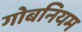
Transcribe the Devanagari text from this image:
गोबनियम